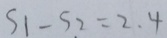
S 1 - S 2 = 2 . 4